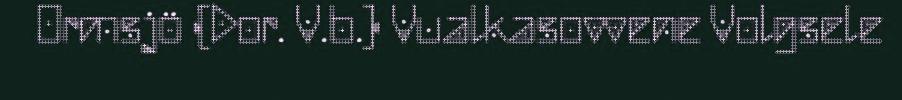
Ormsjö (Dor. V.b.) Vualkasovvene Volgsele